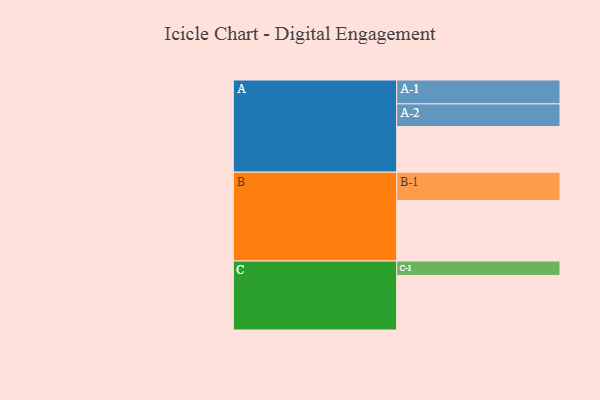
{"axis": {"x": "Segment", "y": "Value"}, "legend": ["", "A", "B", "C"], "data": [{"x": "A", "y": 383, "type": ""}, {"x": "B", "y": 509, "type": ""}, {"x": "C", "y": 459, "type": ""}, {"x": "A-1", "y": 201, "type": "A"}, {"x": "A-2", "y": 191, "type": "A"}, {"x": "B-1", "y": 238, "type": "B"}, {"x": "C-1", "y": 121, "type": "C"}]}